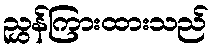
ညွှန်ကြားထားသည်